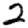
Digit: 2